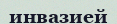
инвазией